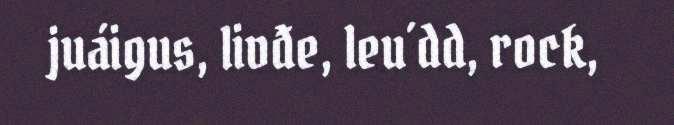
juáigus, livđe, leu´dd, rock,